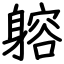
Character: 𨉷